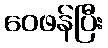
ဝေဖန်ပြီး